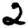
Digit: 2